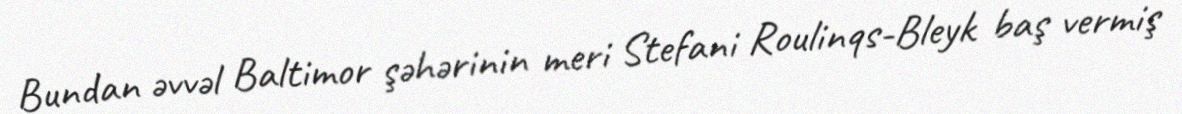
Bundan əvvəl Baltimor şəhərinin meri Stefani Roulinqs-Bleyk baş vermiş